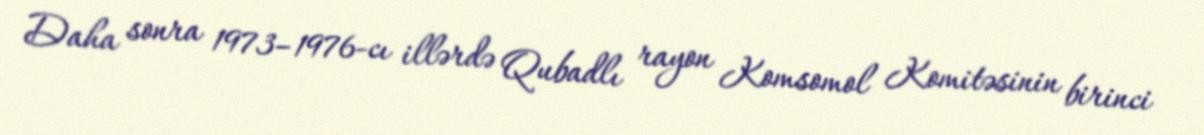
Daha sonra 1973–1976-cı illərdə Qubadlı rayon Komsomol Komitəsinin birinci